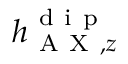
h _ { \mathrm { ~ A ~ X ~ } , z } ^ { \mathrm { ~ d ~ i ~ p ~ } }